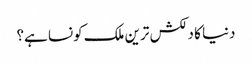
دنیا کا دلکش ترین ملک کونسا ہے؟